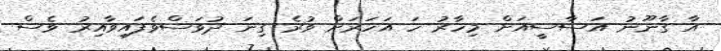
އާ ގާނޫނު އަސާސީއަށް މިހާރު ހަ އަހަރަށް ވުރެ ގިނަ ދުވަސްވެފައިވާއިރު ވެސް